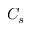
C _ { s }